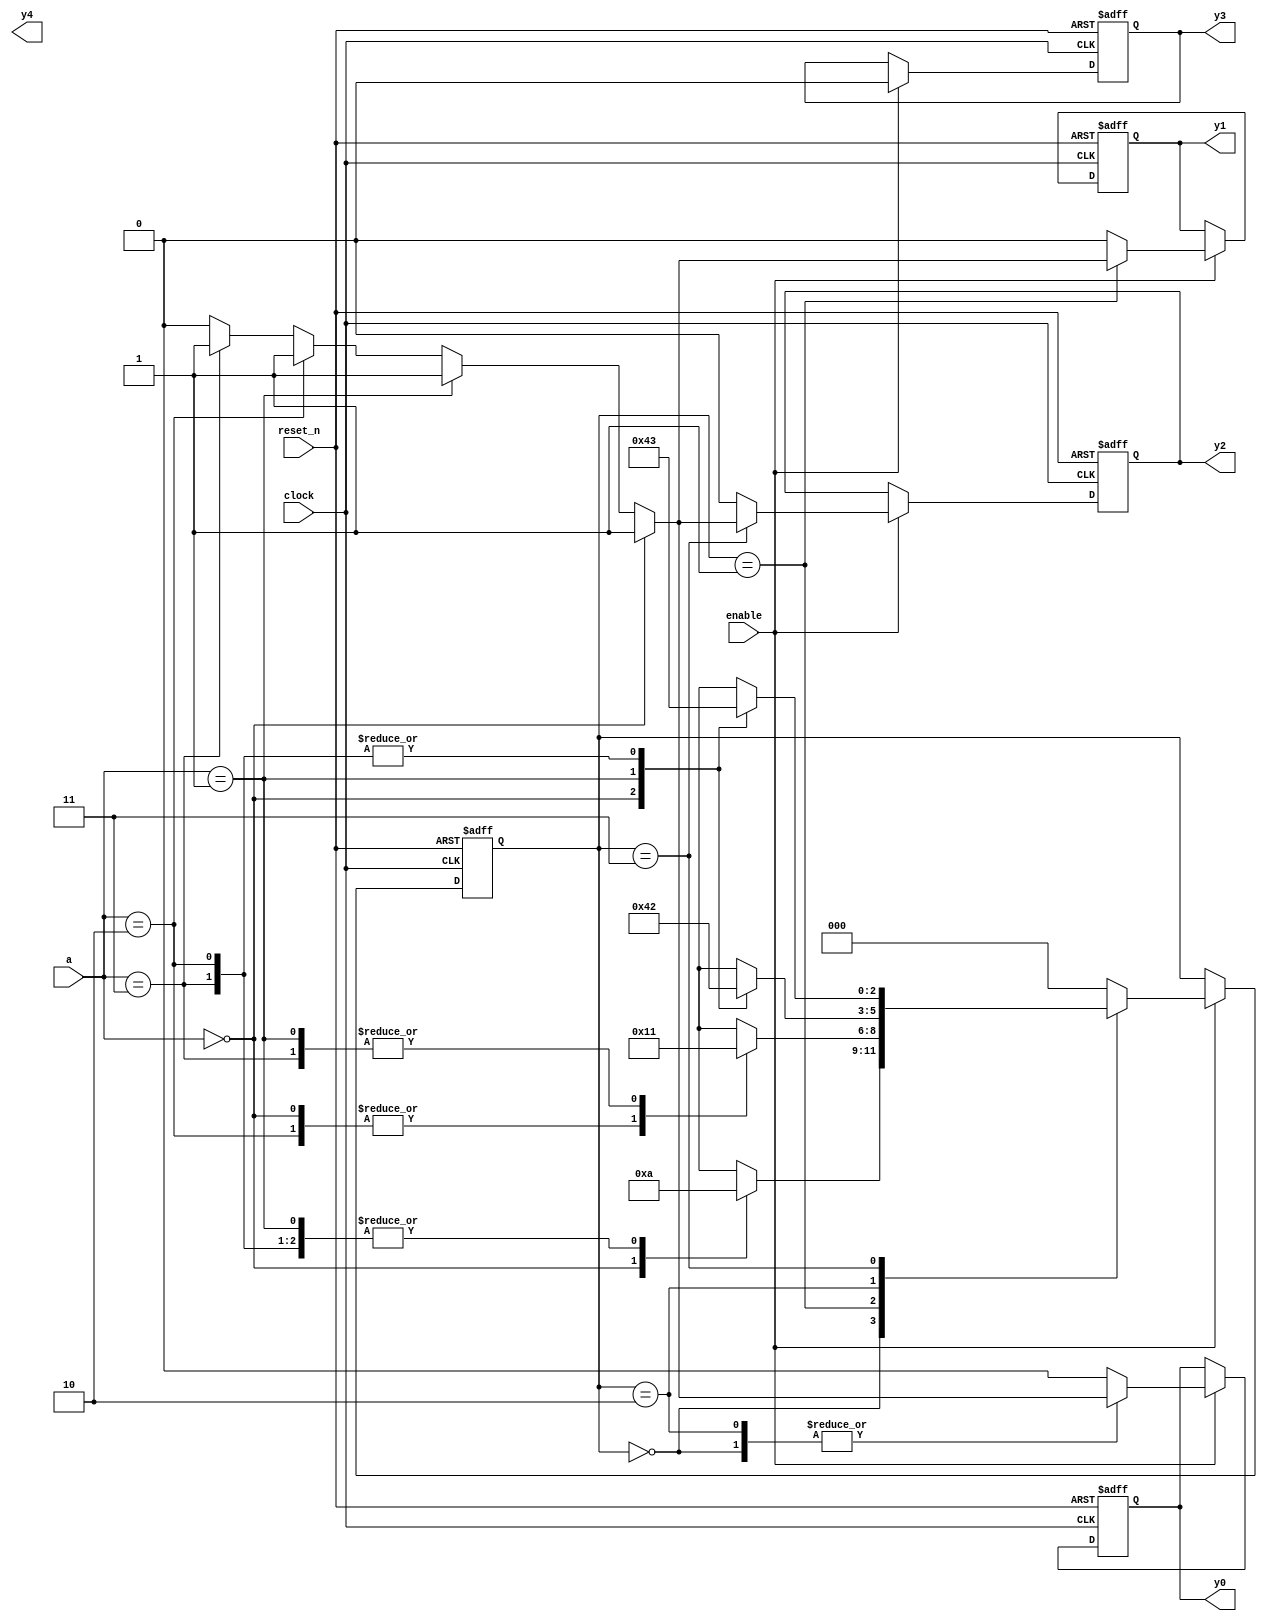
module DOP_171
(
	input clock,
	input reset_n,
	input enable,
	input [1:0] a,
	output reg y0,
	output reg y1,
	output reg y2,
	output reg y3,
	output reg y4
);

    parameter [2:0] S0 = 3'b000, S1 = 3'b001, S2 = 3'b010, S3 = 3'b011;

    reg [2:0] state, next_state;

    // State register

    always @ (posedge clock or negedge reset_n)
        if (! reset_n)
            state <= S0;
        else if (enable)
            state <= next_state;

    // Next state logic

    always @*
        case (state)
        
        S0:
				case (a)
				2'b00:
					next_state = S1;
            2'b01:
					next_state = S2;
				2'b10:
					next_state = S2;
				2'b11:
					next_state = S2; 
				endcase

        S1:
				case (a)
				2'b00:
					next_state = S2;
            2'b01:
					next_state = S1;
				2'b10:
					next_state = S2;
				2'b11:
					next_state = S1;
				endcase

        S2:
				case (a)
				2'b00:
					next_state = S1;
            2'b01:
					next_state = S0;
				2'b10:
					next_state = S2;
				2'b11:
					next_state = S2; 
				endcase
					
        S3:
		  		case (a)
				2'b00:
					next_state = S1;
            2'b01:
					next_state = S0;
				2'b10:
					next_state = S3;
				2'b11:
					next_state = S3; 
				endcase	 

        default:

            next_state = S0;

        endcase

    // Output logic based on current state

    always @ (posedge clock or negedge reset_n)
    begin
		if (! reset_n)
			begin
				y0 <= 0;
				y1 <= 0;
				y2 <= 0;
				y3 <= 0;
			end
		
		else if (enable)
			begin
				y0 <= 0;
				y1 <= 0;
				y2 <= 0;
				y3 <= 0;
			case (state)
				S0:
					if (a == 2'b00)
						y0 <= 1;
					else if (a == 2'b01)
						y0 <= 1;
					else if (a == 2'b10)
						y0 <= 1;
					else if (a == 2'b11)
						y0 <= 1;

				S1:
					if (a == 2'b00)
						y1 <= 1;
					else if (a == 2'b01)
						y1 <= 1;
					else if (a == 2'b10)
						y1 <= 1;
					else if (a == 2'b11)
						y1 <= 1;

				S2:
					if (a == 2'b00)
						y0 <= 1;
					else if (a == 2'b01)
						y0 <= 1;
					else if (a == 2'b10)
						y0 <= 1;
					else if (a == 2'b11)
						y0 <= 1;

				S3:
					if (a == 2'b00)
						y2 <= 1;
					else if (a == 2'b01)
						y2 <= 1;
					else if (a == 2'b10)
						y2 <= 1;
					else if (a == 2'b11)
						y2 <= 1;
			endcase
		end
		end
endmodule

module DOP_17
(
input [4:0] SW,
output [9:0] LEDR
);

assign LEDR[9:5] = 0;
DOP_171 kek
(
.clock(SW[0]),
.reset_n(SW[1]),
.enable(SW[2]),
.a(SW[4:3]),
.y0(LEDR[0]),
.y1(LEDR[1]),
.y2(LEDR[2]),
.y3(LEDR[3]),
.y4(LEDR[4])
);
endmodule